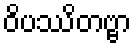
ဝိပဿိတဗ္ဗာ